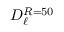
D _ { \ell } ^ { R = 5 0 }